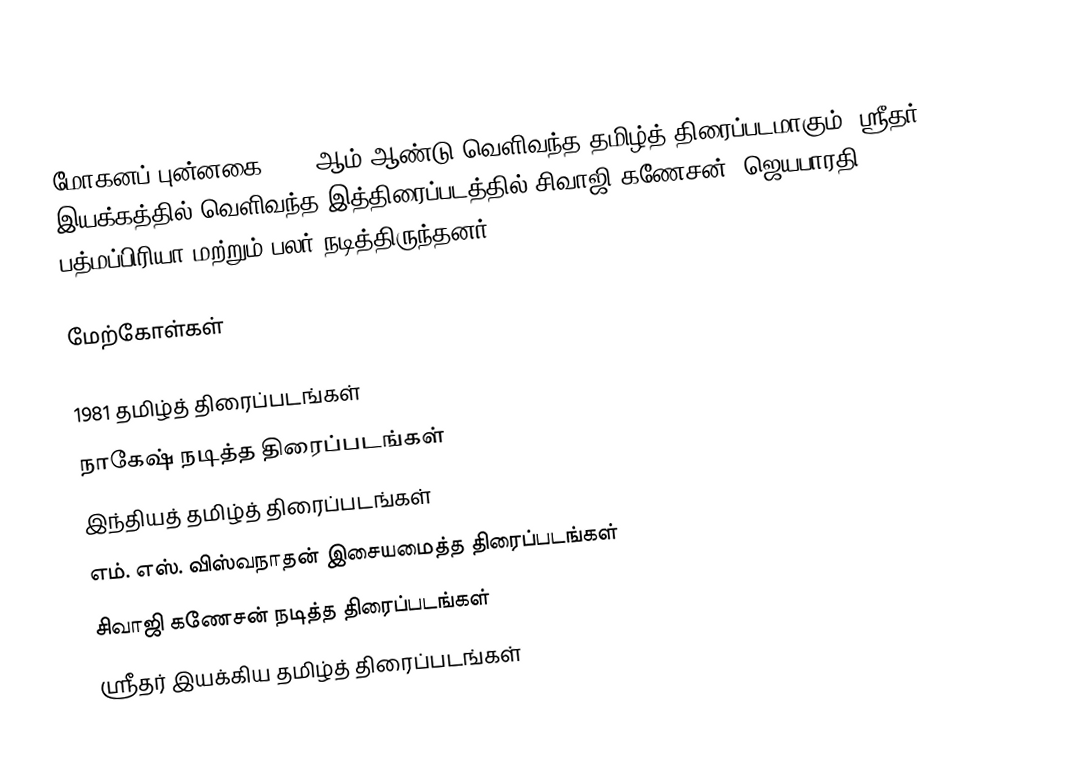
மோகனப் புன்னகை 1981 ஆம் ஆண்டு வெளிவந்த தமிழ்த் திரைப்படமாகும். ஸ்ரீதர் இயக்கத்தில் வெளிவந்த இத்திரைப்படத்தில் சிவாஜி கணேசன், ஜெயபாரதி, பத்மப்பிரியா மற்றும் பலர் நடித்திருந்தனர்.

மேற்கோள்கள்

1981 தமிழ்த் திரைப்படங்கள்
நாகேஷ் நடித்த திரைப்படங்கள்
இந்தியத் தமிழ்த் திரைப்படங்கள்
எம். எஸ். விஸ்வநாதன் இசையமைத்த திரைப்படங்கள்
சிவாஜி கணேசன் நடித்த திரைப்படங்கள்
ஸ்ரீதர் இயக்கிய தமிழ்த் திரைப்படங்கள்